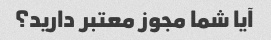
آیا شما مجوز معتبر دارید؟